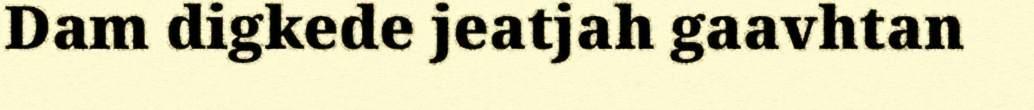
Dam digkede jeatjah gaavhtan